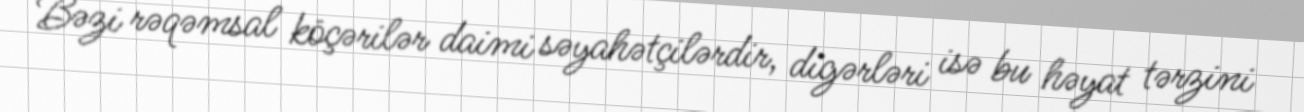
Bəzi rəqəmsal köçərilər daimi səyahətçilərdir, digərləri isə bu həyat tərzini